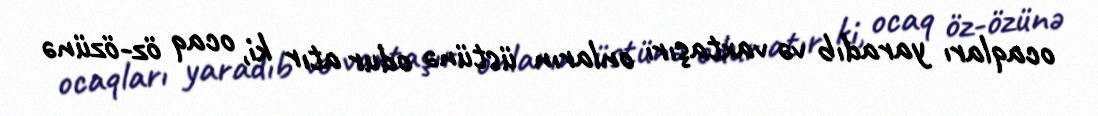
ocaqları yaradıb və vaxtaşırı onların üstünə odur atır ki, ocaq öz-özünə